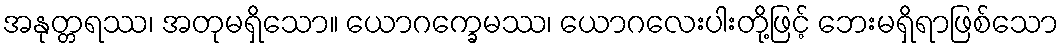
အနုတ္တရဿ၊ အတုမရှိသော။ ယောဂက္ခေမဿ၊ ယောဂလေးပါးတို့ဖြင့် ဘေးမရှိရာဖြစ်သော